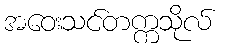
အဝေးသင်တက္ကသိုလ်